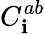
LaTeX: C_{\mathbf{i}}^{ab}